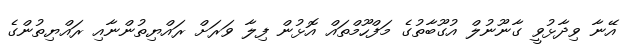
އޭނާ ވިދާޅުވީ ގާނޫނުލް އުގޫބާތުގެ މަފްހޫމްތައް އޮޅުން ފިލާ ވަރަށް ރައްޔިތުންނާއި ރައްޔިތުންގެ